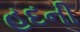
હદની